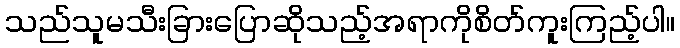
သည်သူမသီးခြားပြောဆိုသည့်အရာကိုစိတ်ကူးကြည့်ပါ။